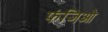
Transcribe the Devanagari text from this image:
फंजिओ